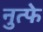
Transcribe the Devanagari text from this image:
नुत्फे